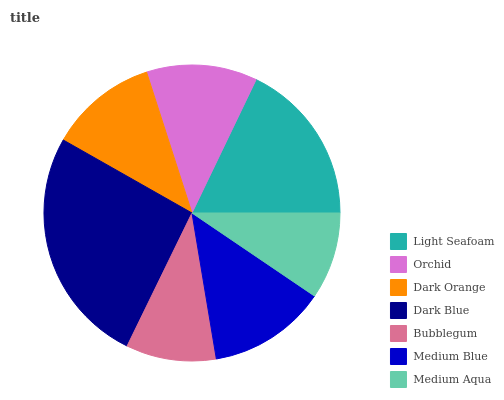
| Light Seafoam | Orchid | Dark Orange | Dark Blue | Bubblegum | Medium Blue | Medium Aqua |
 | --- | --- | --- | --- | --- | --- | --- |
 | 17.8% | 12.1% | 11.8% | 26% | 9.86% | 12.9% | 9.49% |